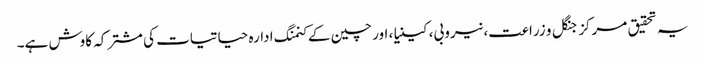
یہ تحقیق مرکز جنگل و زراعت، نیروبی، کینیا، اور چین کے کنمنگ ادارہ حیاتیات کی مشترکہ کاوش ہے۔